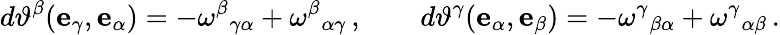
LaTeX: d\vartheta^{\beta}(\mathbf{e}_{\gamma},\mathbf{e}_{\alpha})=-\omega^{\beta}{}_{\gamma\alpha}+\omega^{\beta}{}_{\alpha\gamma}\, ,\qquad d\vartheta^{\gamma}(\mathbf{e}_{\alpha},\mathbf{e}_{\beta})=-\omega^{\gamma}{}_{\beta\alpha}+\omega^{\gamma}{}_{\alpha\beta}\, .